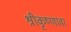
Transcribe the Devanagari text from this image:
श्रीकृष्णावर